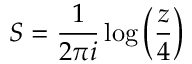
S = \frac { 1 } { 2 \pi i } \log \left( \frac { z } { 4 } \right)